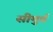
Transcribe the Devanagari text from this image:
सीमुर्व